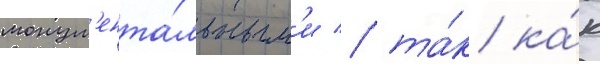
монум'ента́льным'и / та́к ка́к